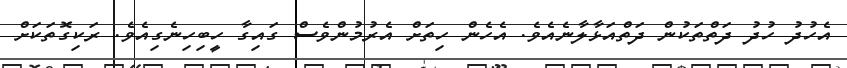
އެހުދު ހުދު ދަތްތަކުން ދަތްއަޅާލާނެއެވެ. އެހެން ހިތަށް އެރުމުންވެސް ގައިގާ ހީބިހިނެގިއެވެ. ރަކިގޮތަކަށް